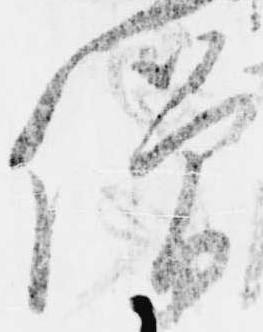
僧